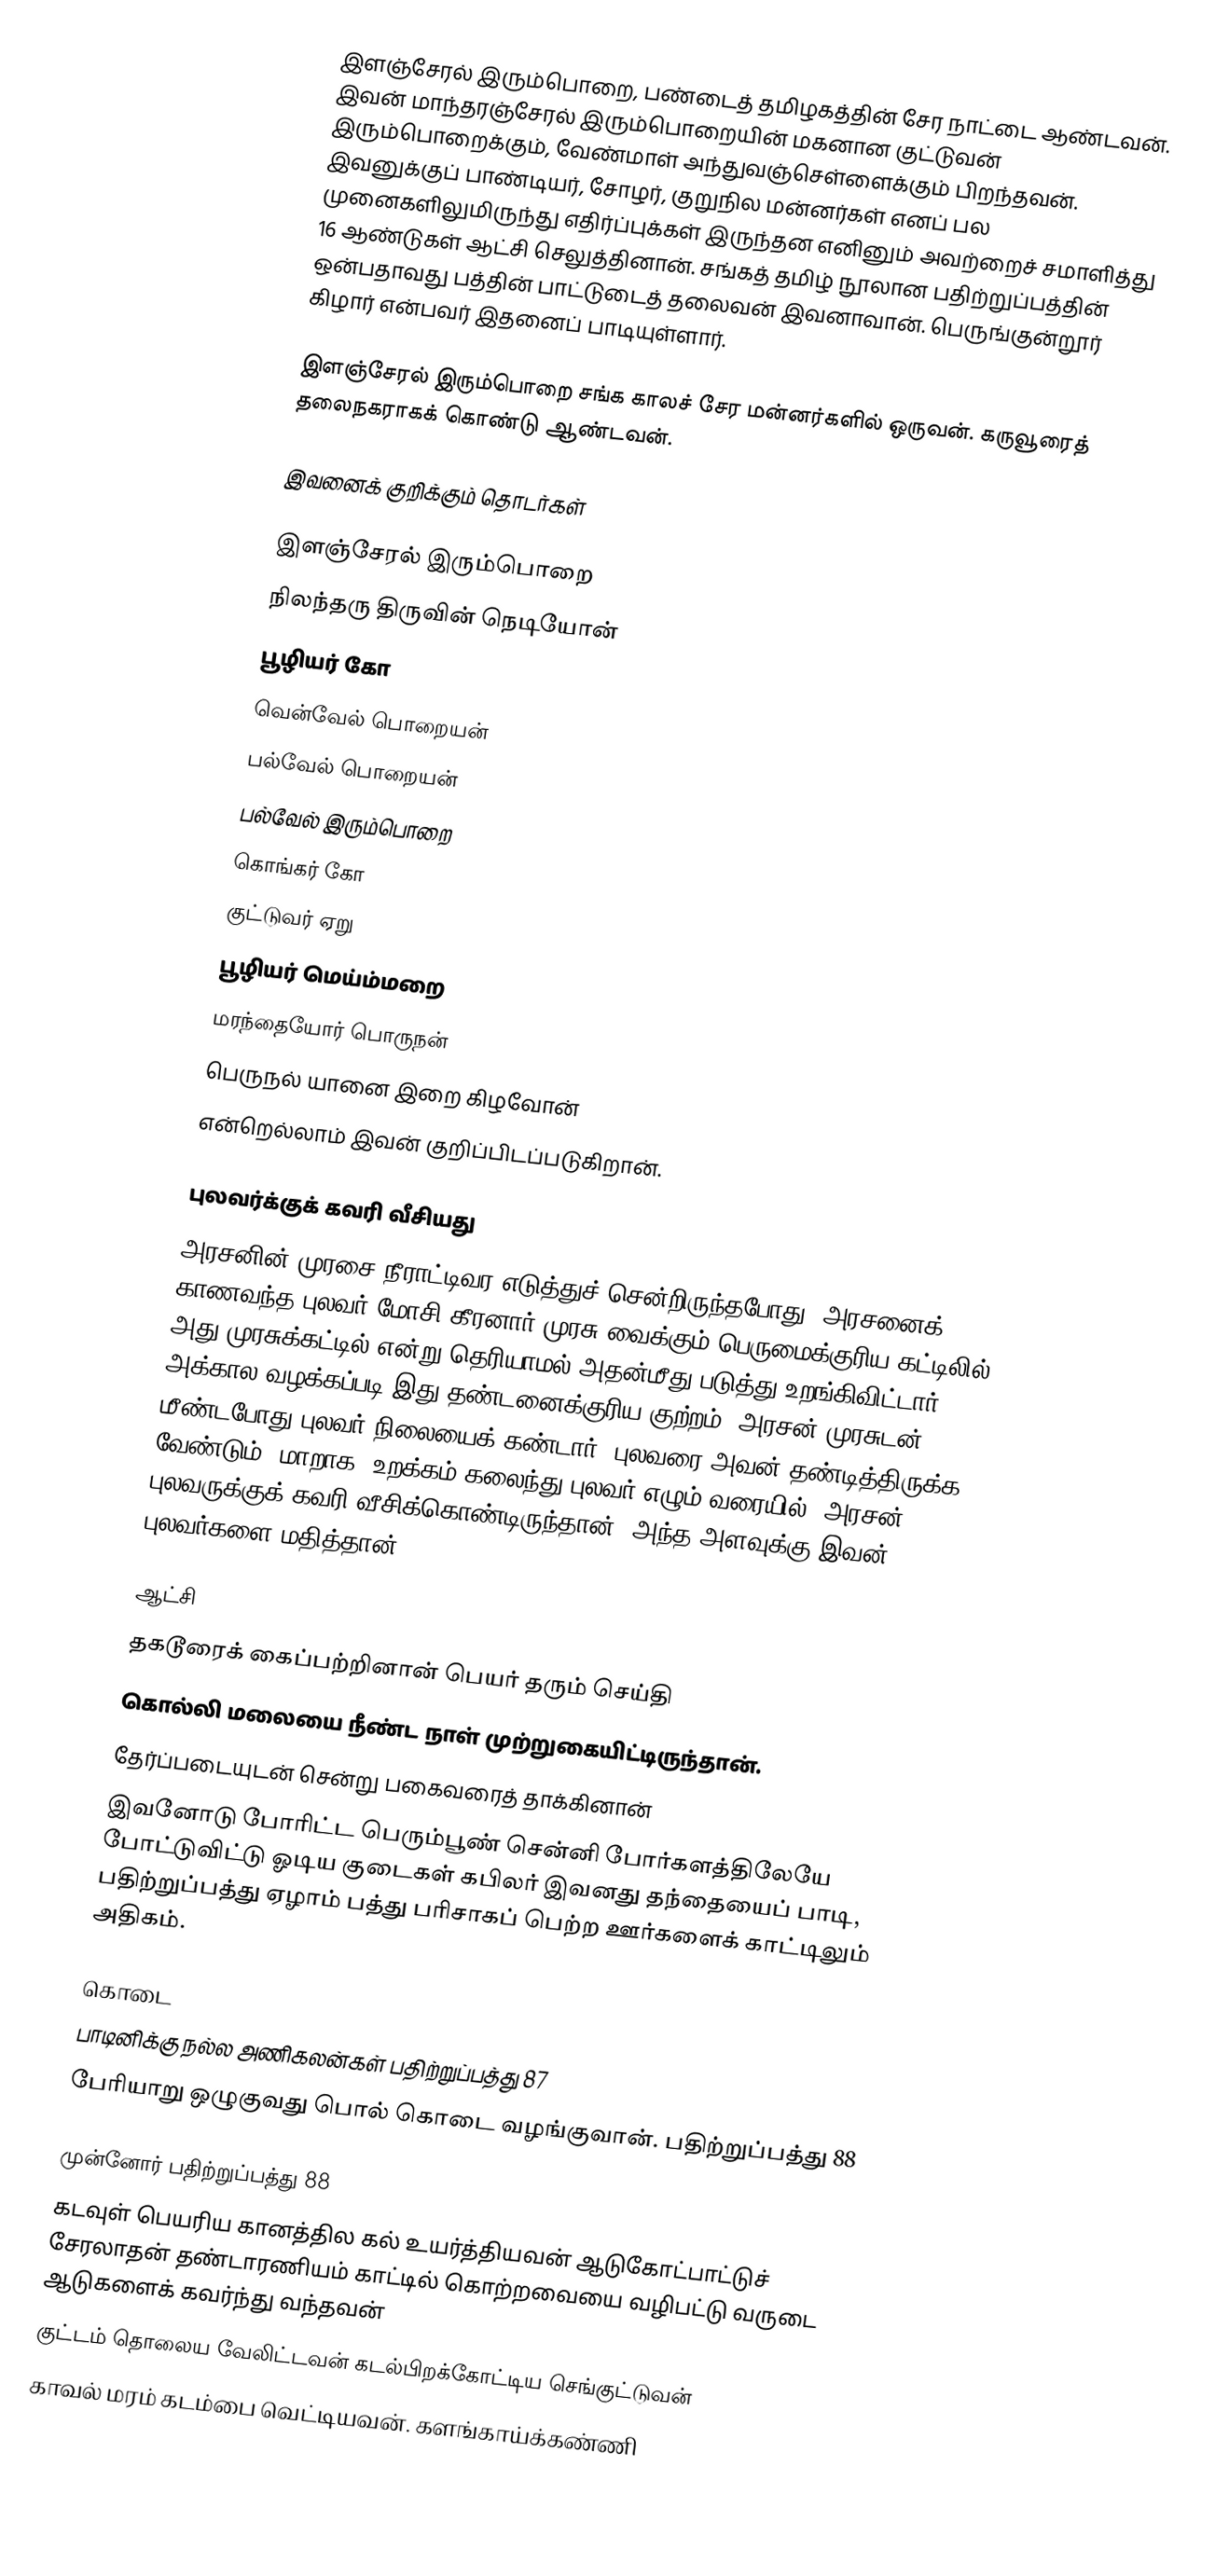
இளஞ்சேரல் இரும்பொறை, பண்டைத் தமிழகத்தின் சேர நாட்டை ஆண்டவன். இவன் மாந்தரஞ்சேரல் இரும்பொறையின் மகனான குட்டுவன் இரும்பொறைக்கும், வேண்மாள் அந்துவஞ்செள்ளைக்கும் பிறந்தவன். இவனுக்குப் பாண்டியர், சோழர், குறுநில மன்னர்கள் எனப் பல முனைகளிலுமிருந்து எதிர்ப்புக்கள் இருந்தன எனினும் அவற்றைச் சமாளித்து 16 ஆண்டுகள் ஆட்சி செலுத்தினான். சங்கத் தமிழ் நூலான பதிற்றுப்பத்தின் ஒன்பதாவது பத்தின் பாட்டுடைத் தலைவன் இவனாவான். பெருங்குன்றூர் கிழார் என்பவர் இதனைப் பாடியுள்ளார்.

இளஞ்சேரல் இரும்பொறை சங்க காலச் சேர மன்னர்களில் ஒருவன். கருவூரைத் தலைநகராகக் கொண்டு ஆண்டவன்.

இவனைக் குறிக்கும் தொடர்கள்

இளஞ்சேரல் இரும்பொறை
நிலந்தரு திருவின் நெடியோன்
பூழியர் கோ
வென்வேல் பொறையன்
பல்வேல் பொறையன்
பல்வேல் இரும்பொறை
கொங்கர் கோ
குட்டுவர் ஏறு
பூழியர் மெய்ம்மறை
மரந்தையோர் பொருநன்
பெருநல் யானை இறை கிழவோன்
என்றெல்லாம் இவன் குறிப்பிடப்படுகிறான்.

புலவர்க்குக் கவரி வீசியது
அரசனின் முரசை நீராட்டிவர எடுத்துச் சென்றிருந்தபோது, அரசனைக் காணவந்த புலவர் மோசி கீரனார் முரசு வைக்கும் பெருமைக்குரிய கட்டிலில் அது முரசுக்கட்டில் என்று தெரியாமல் அதன்மீது படுத்து உறங்கிவிட்டார். அக்கால வழக்கப்படி இது தண்டனைக்குரிய குற்றம். அரசன் முரசுடன் மீண்டபோது புலவர் நிலையைக் கண்டார். புலவரை அவன் தண்டித்திருக்க வேண்டும். மாறாக, உறக்கம் கலைந்து புலவர் எழும் வரையில், அரசன் புலவருக்குக் கவரி வீசிக்கொண்டிருந்தான். அந்த அளவுக்கு இவன் புலவர்களை மதித்தான்.

ஆட்சி
தகடூரைக் கைப்பற்றினான் பெயர் தரும் செய்தி
கொல்லி மலையை நீண்ட நாள் முற்றுகையிட்டிருந்தான்.
தேர்ப்படையுடன் சென்று பகைவரைத் தாக்கினான்
 இவனோடு போரிட்ட பெரும்பூண் சென்னி போர்களத்திலேயே போட்டுவிட்டு ஓடிய குடைகள் கபிலர் இவனது தந்தையைப் பாடி, பதிற்றுப்பத்து ஏழாம் பத்து பரிசாகப் பெற்ற ஊர்களைக் காட்டிலும் அதிகம்.

கொடை
பாடினிக்கு நல்ல அணிகலன்கள் பதிற்றுப்பத்து 87
பேரியாறு ஒழுகுவது பொல் கொடை வழங்குவான். பதிற்றுப்பத்து 88

முன்னோர் பதிற்றுப்பத்து 88
கடவுள் பெயரிய கானத்தில கல் உயர்த்தியவன் ஆடுகோட்பாட்டுச் சேரலாதன் தண்டாரணியம் காட்டில் கொற்றவையை வழிபட்டு வருடை ஆடுகளைக் கவர்ந்து வந்தவன்
குட்டம் தொலைய வேலிட்டவன் கடல்பிறக்கோட்டிய செங்குட்டுவன்
காவல் மரம் கடம்பை வெட்டியவன். களங்காய்க்கண்ணி